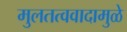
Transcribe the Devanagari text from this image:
मुलतत्ववादामुळे